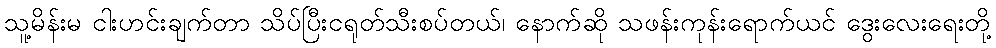
သူ့မိန်းမ ငါးဟင်းချက်တာ သိပ်ပြီးငရုတ်သီးစပ်တယ်၊ နောက်ဆို သဖန်းကုန်းရောက်ယင် ဒွေးလေးရေးတို့